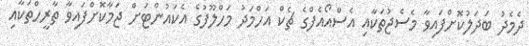
ދެމެދު ބަދަލުކޮށްފައިވާ މެސެޖުތަކާއި އެސްއޯއެފްގެ ޗެކް އަހްމަދު މަހްލޫފުގެ އެކައުންޓަށް ޖަމާކޮށްފައިވާ ތާރީހްތަކާއި